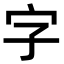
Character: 字